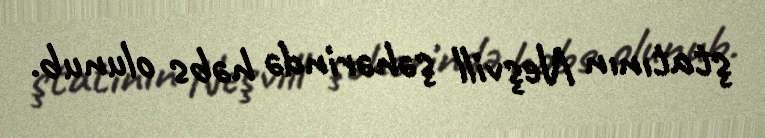
ştatının Neşvill şəhərində həbs olunub.